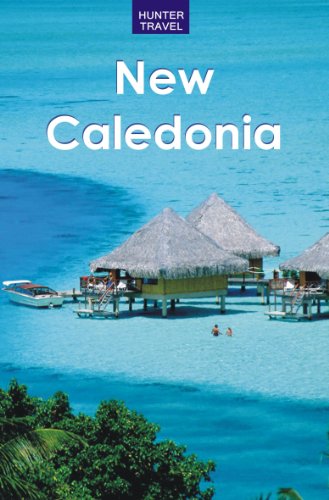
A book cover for New Caledonia (Travel Adventures); Thomas Booth; Travel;